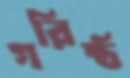
গরিষ্ঠ